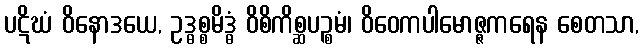
ပဋိဃံ ဝိနောဒယေ, ဥဒ္ဓစ္စမိဒ္ဓံ ဝိစိကိစ္ဆပဉ္စမံ၊ ဝိဝေကပါမောဇ္ဇကရေန စေတသာ,